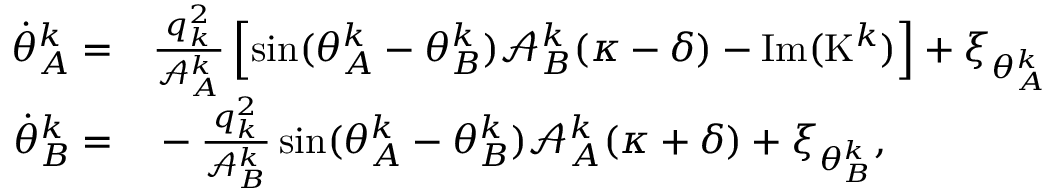
\begin{array} { r l } { \! \! \dot { \theta } _ { A } ^ { k } = } & { { } \frac { q _ { k } ^ { 2 } } { \mathcal { A } _ { A } ^ { k } } \left[ \sin ( \theta _ { A } ^ { k } - \theta _ { B } ^ { k } ) \mathcal { A } _ { B } ^ { k } ( \kappa - \delta ) - \mathrm { I m } ( \mathrm { K } ^ { k } ) \right] + \xi _ { \theta _ { A } ^ { k } } } \\ { \! \! \dot { \theta } _ { B } ^ { k } = } & { { } - \frac { q _ { k } ^ { 2 } } { \mathcal { A } _ { B } ^ { k } } \sin ( \theta _ { A } ^ { k } - \theta _ { B } ^ { k } ) { \mathcal { A } _ { A } ^ { k } ( \kappa + \delta ) } + \xi _ { \theta _ { B } ^ { k } } , } \end{array}